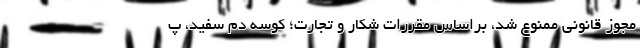
مجوز قانونی ممنوع شد، براساس مقررات شکار و تجارت؛ کوسه دم سفید، پ